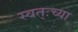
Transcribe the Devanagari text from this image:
स्वत्ःच्या